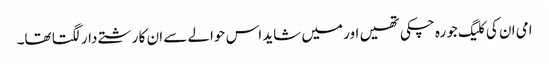
امی ان کی کلیگ جو رہ چکی تھیں اور میں شاید اس حوالے سے ان کا رشتے دار لگتا تھا۔